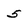
Character: 5